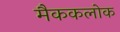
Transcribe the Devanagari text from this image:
मैककलोक